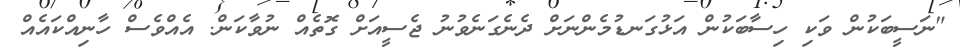
"ނަސީބަކުން ވަކި ހިސާބަކުން އަޅުގަނޑުމެންނަށް ދެނެގަނެވުނު ޖެސީއަށް ގޮތެއް ނުވާކަން. އެއްވެސް ހާނިއްކައެއް